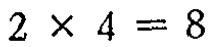
$2\times 4 = 8$